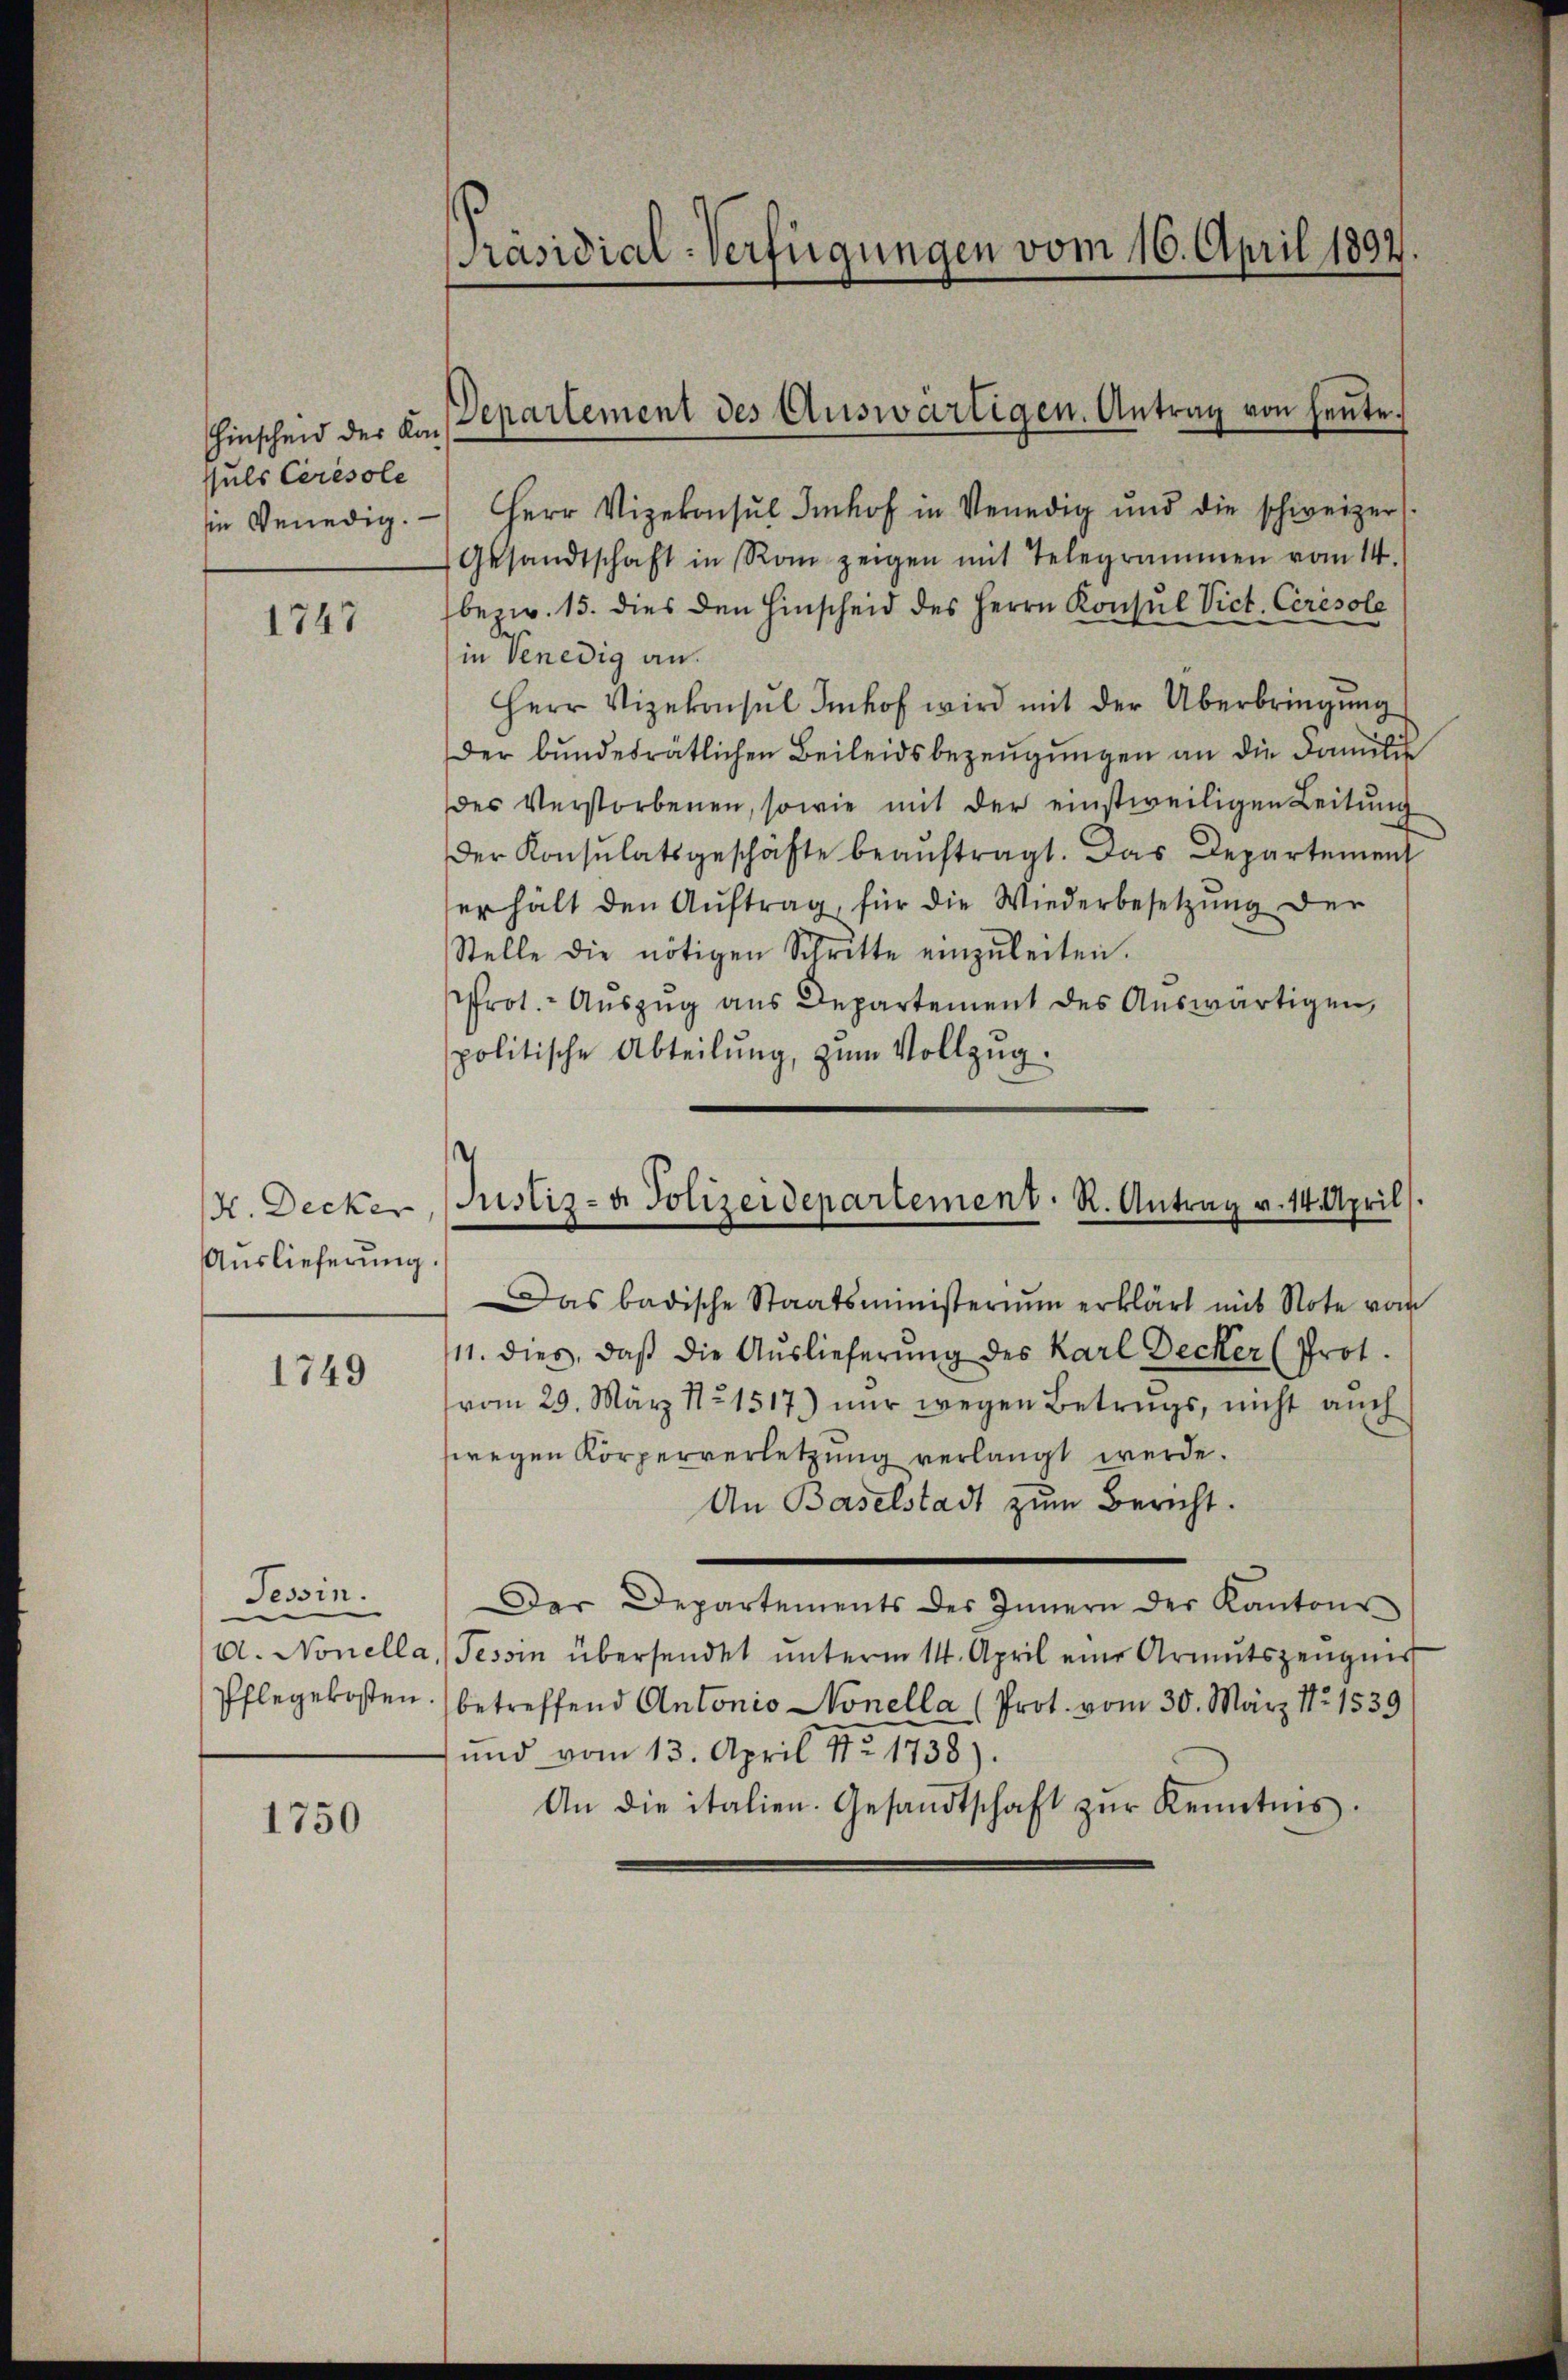
Hinscheid der Konsuls Ceresole
in Venedig.

1747

H. Decker
Auslieferung

1749

Tessin.
—
A. Nonella
Pflegekosten

1750

Präsidial-Verfügungen vom 16. April 1892.

Departement des Auswärtigen. Antrag von heute.

Herr Vizekonsul Imhof in Venedig und die schweizer.
Gesandtschaft in Rom zeigen mit Telegrammen vom 14.
bez. 15. dies den Hinscheid des Herrn Konsul Vict. Ceresole
in Venedig an.
Herr Vizekonsul Imhof wird mit der Überbringung
Der bundesrätlichen Beileidsbezeugungen an die Familie
des Verstorbenen, sowie mit der einstweiligen Leitŭng
Der Konsulatsgeschäfte beaŭftragt. Das Departement
erhält den Aŭftrag, für die Wiederbesetzung der
Stelle die nötigen Schritte einzŭleiten.
Prot. Aŭszŭg ans Departement des Aŭswärtigen,
politische Abteilŭng, zum Vollzug.
Das badische Staatsministerium erklärt mit Note vom
11. dies, daβ die Auslieferung des Karl Decker (Prot.
vom 29. März 1821517) nur wegen Betrugs, nicht auch
wegen Körperverletzung verlangt werde.
An Baselstadt zum Bericht.
Der Departements des Innern der Kantons
Tessin übersendet unterm 14. April eine Armutszeugnis
betreffend Antonio Nonella (Prot. vom 30. März No 1539
und vom 13. April 1821738).
An die italien. Gesandtschaft zŭr Kenntnis.

Justiz- & Polizeidepartement. R. Antrag v. 14. April